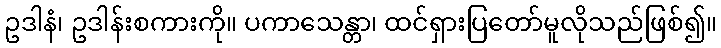
ဥဒါနံ၊ ဥဒါန်းစကားကို။ ပကာသေန္တာ၊ ထင်ရှားပြတော်မူလိုသည်ဖြစ်၍။